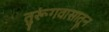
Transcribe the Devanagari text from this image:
तुरूंगवासातून